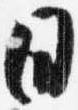
日